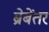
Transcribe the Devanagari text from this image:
ब्रेबेंतर